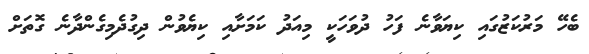
ބެހޭ މަރުކަޒުގައި ކިޔަވާނެ ފަހު ދުވަހަކީ މިއަދު ކަމަށާއި ކިޔެވުން ދިގުދެމިގެންދާނެ ގޮތަށް